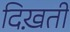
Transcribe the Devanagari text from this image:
दिख़ती